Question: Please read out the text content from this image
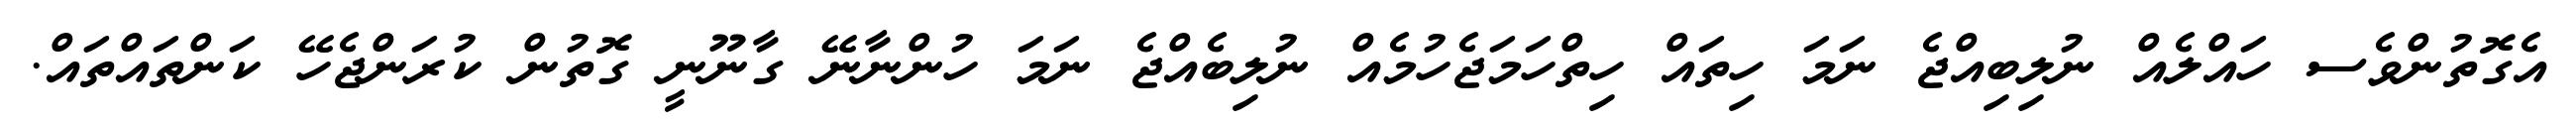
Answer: އެގޮތުންވެސ ހައްލެއް ނުލިބިއްޖެ ނަމަ ހިތައް ހިތްހަމަޖެހުމެއް ނުލިބެއްޖެ ނަމަ ހުންނާނޭ ގާނޫނީ ގޮތުން ކުރަންޖެހޭ ކަންތައްތައް.